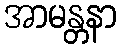
အာမန္တနာ